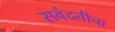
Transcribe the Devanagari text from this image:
सवंदतीचा